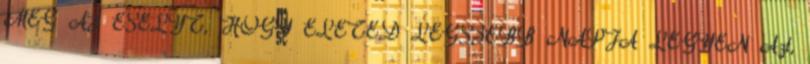
MEG AZ ESÉLYT, HOGY ÉLETED LEGSZEBB NAPJA LEGYEN Azt,